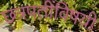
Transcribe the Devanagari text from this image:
छत्रपतींविषयी